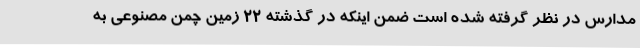
مدارس در نظر گرفته شده است ضمن اینکه در گذشته 22 زمین چمن مصنوعی به